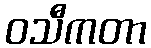
ဝသီကတာ